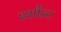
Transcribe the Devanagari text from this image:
हर्शौल्ट